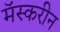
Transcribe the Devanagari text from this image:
मॅस्करीन